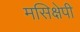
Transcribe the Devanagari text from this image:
मसिक्षेपी